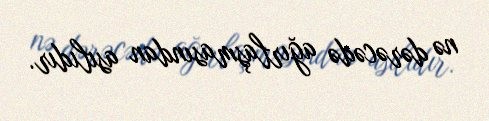
nə dərəcədə ağırlaşmasından asılıdır.